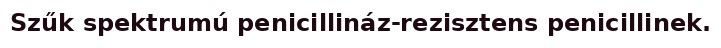
Szűk spektrumú penicillináz-rezisztens penicillinek.